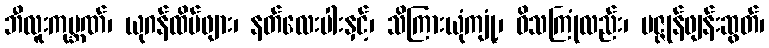
ဘီလူးကုမ္ဘဏ်၊ ယုဂန်ထိပ်ဖျား၊ နတ်လေးပါးနှင့်၊ သိကြားယုံကျုံ့၊ ဝိသကြုံလည်း၊ ပဇ္ဇုန်ဖျန်းဆွတ်၊